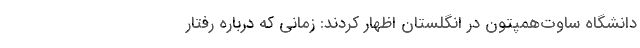
دانشگاه ساوت‌همپتون در انگلستان اظهار کردند: زمانی که درباره رفتار